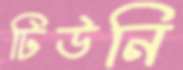
টিউনি